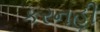
કરનહી